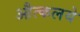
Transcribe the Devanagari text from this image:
औत्कलये